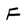
Character: F